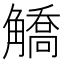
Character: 䚩